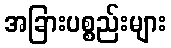
အခြားပစ္စည်းများ